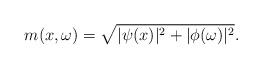
LaTeX: \begin{align*}m(x,\omega)= \sqrt{| \psi(x)|^2 + |\phi (\omega)|^2}.\end{align*}